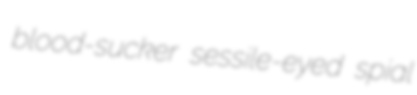
blood-sucker sessile-eyed spial